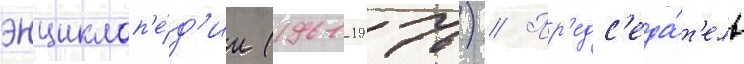
энциклоп'е́д'ии (1961-1976) // Пр'едс'еда́т'ель